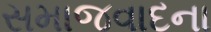
સમાજવાદના